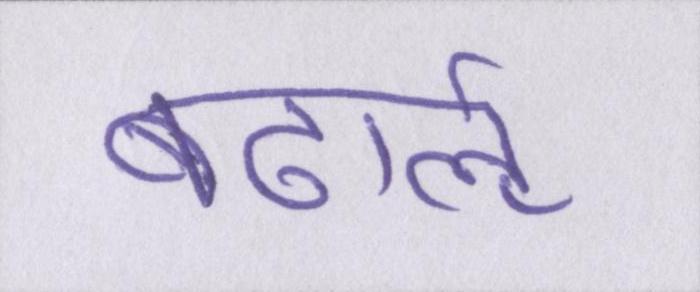
बढार्ऌ